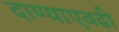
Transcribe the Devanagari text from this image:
दाण्याएवढी